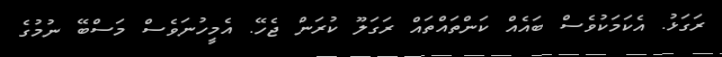
ރަގަޅު. އެކަމަކުވެސް ބައެއް ކަންތައްތައް ރަގަލޫ ކުރަން ޖެހޭ. އެމީހުނަވެސް މަސްބޭ ނުމުގެ